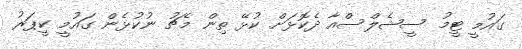
ގައުމީ ޓީމު ސީޝެލްސްއާ ދެކޮޅަށް ކުޅޭ ތިން މެޗު ނުކުޅެން ގައުމީ ކީޕަރު